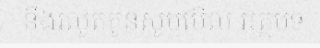
នឹងរលូតកូនសូមមើល អត្ថបទ